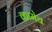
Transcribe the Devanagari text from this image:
कामेच